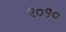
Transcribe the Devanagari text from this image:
९०१०